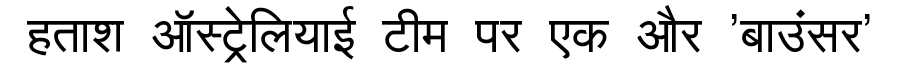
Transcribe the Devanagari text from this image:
हताश ऑस्ट्रेलियाई टीम पर एक और 'बाउंसर'